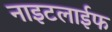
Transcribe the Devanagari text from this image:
नाइटलाईफ